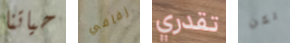
حياتنا زفافي تقدري لكن